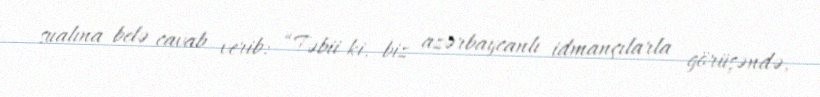
sualına belə cavab verib: “Təbii ki, biz azərbaycanlı idmançılarla görüşəndə,